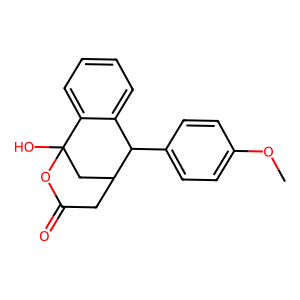
SMILES: COc1ccc(C2c3ccccc3C3(O)CC2CC(=O)O3)cc1
Inhibits HIV replication: No